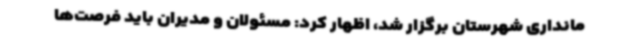
مانداری شهرستان برگزار شد، اظهار کرد: مسئولان و مدیران باید فرصت‌ها